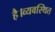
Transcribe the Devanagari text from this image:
है।व्यवस्थित